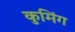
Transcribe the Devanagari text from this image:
कुमिंग